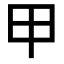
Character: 甲